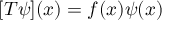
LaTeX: [ T \psi ] ( x ) = f ( x ) \psi ( x )